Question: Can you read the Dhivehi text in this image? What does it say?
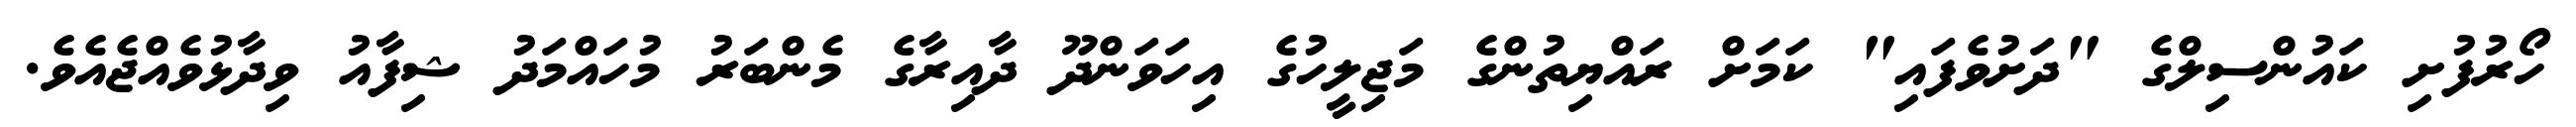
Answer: ހޯރުފުށި ކައުންސިލްގެ "ދަށުވެފައި" ކަމަށް ރައްޔިތުންގެ މަޖިލީހުގެ އިހަވަންދޫ ދާއިރާގެ މެންބަރު މުހައްމަދު ޝިފާއު ވިދާޅުވެއްޖެއެވެ.